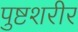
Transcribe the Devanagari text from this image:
पुष्टशरीर